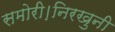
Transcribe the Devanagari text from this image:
समोरी।निरखुनी